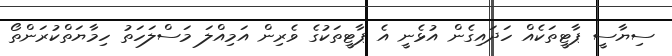
ސިޔާސީ ޕާޓީތަކެއް ހަދައިގެން އުޅެނީ އެ ޕާޓީތަކުގެ ވެރިން އަމިއްލަ މަސްލަހަތު ހިމާޔަތްކުރަންތޯ